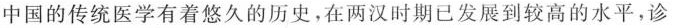
中国的传统医学有着悠久的历史，在两汉时期已发展到较高的水平，诊